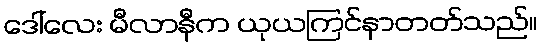
ဒေါ်လေး မီလာနီက ယုယကြင်နာတတ်သည်။